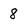
Character: 8